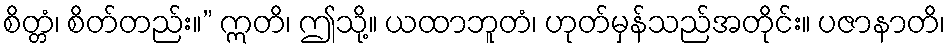
စိတ္တံ၊ စိတ်တည်း။” ဣတိ၊ ဤသို့။ ယထာဘူတံ၊ ဟုတ်မှန်သည်အတိုင်း။ ပဇာနာတိ၊